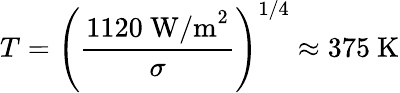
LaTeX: T=\left({\frac{1120{\mathrm{~W/m}}^{2}}{\sigma}}\right)^{1/4}\approx 375{\mathrm{~K}}